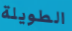
الطويلة